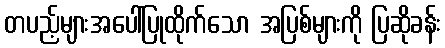
တပည့်များအပေါ်ပြုထိုက်သော အပြစ်များကို ပြဆိုခန်း